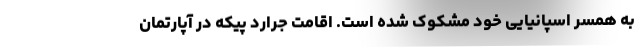
به همسر اسپانیایی خود مشکوک شده است. ‌اقامت جرارد پیکه در آپارتمان